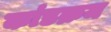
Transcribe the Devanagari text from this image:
कांडक्रम